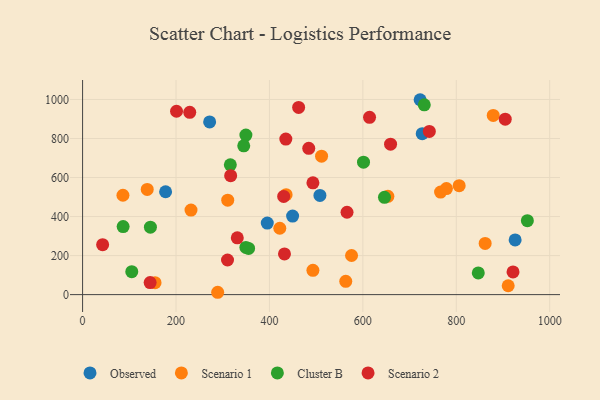
{"axis": {"x": "Study Hours", "y": "Exam Score"}, "legend": ["Cluster B", "Observed", "Scenario 1", "Scenario 2"], "data": [{"x": "508.1", "y": 508.2, "type": "Observed"}, {"x": "722.6", "y": 998.7, "type": "Observed"}, {"x": "449.6", "y": 402.3, "type": "Observed"}, {"x": "272.0", "y": 884.9, "type": "Observed"}, {"x": "727.1", "y": 824.5, "type": "Observed"}, {"x": "395.4", "y": 366.5, "type": "Observed"}, {"x": "926.0", "y": 280.4, "type": "Observed"}, {"x": "177.7", "y": 527.2, "type": "Observed"}, {"x": "653.6", "y": 503.8, "type": "Scenario 1"}, {"x": "310.7", "y": 483.9, "type": "Scenario 1"}, {"x": "575.8", "y": 200.5, "type": "Scenario 1"}, {"x": "806.2", "y": 558.1, "type": "Scenario 1"}, {"x": "911.1", "y": 45.4, "type": "Scenario 1"}, {"x": "435.7", "y": 512.1, "type": "Scenario 1"}, {"x": "289.2", "y": 12.0, "type": "Scenario 1"}, {"x": "86.4", "y": 509.3, "type": "Scenario 1"}, {"x": "511.6", "y": 709.2, "type": "Scenario 1"}, {"x": "232.1", "y": 433.0, "type": "Scenario 1"}, {"x": "422.2", "y": 340.2, "type": "Scenario 1"}, {"x": "766.4", "y": 525.3, "type": "Scenario 1"}, {"x": "493.1", "y": 124.4, "type": "Scenario 1"}, {"x": "138.4", "y": 539.2, "type": "Scenario 1"}, {"x": "563.4", "y": 68.0, "type": "Scenario 1"}, {"x": "155.1", "y": 61.0, "type": "Scenario 1"}, {"x": "778.9", "y": 543.6, "type": "Scenario 1"}, {"x": "861.8", "y": 262.5, "type": "Scenario 1"}, {"x": "879.1", "y": 918.1, "type": "Scenario 1"}, {"x": "349.6", "y": 241.6, "type": "Cluster B"}, {"x": "731.5", "y": 972.7, "type": "Cluster B"}, {"x": "601.4", "y": 678.8, "type": "Cluster B"}, {"x": "847.1", "y": 111.0, "type": "Cluster B"}, {"x": "349.6", "y": 817.5, "type": "Cluster B"}, {"x": "145.2", "y": 345.4, "type": "Cluster B"}, {"x": "86.8", "y": 348.6, "type": "Cluster B"}, {"x": "355.4", "y": 236.6, "type": "Cluster B"}, {"x": "316.3", "y": 665.0, "type": "Cluster B"}, {"x": "105.3", "y": 117.5, "type": "Cluster B"}, {"x": "345.0", "y": 762.5, "type": "Cluster B"}, {"x": "952.2", "y": 378.8, "type": "Cluster B"}, {"x": "646.3", "y": 498.8, "type": "Cluster B"}, {"x": "317.0", "y": 609.7, "type": "Scenario 2"}, {"x": "484.2", "y": 749.7, "type": "Scenario 2"}, {"x": "201.1", "y": 939.6, "type": "Scenario 2"}, {"x": "566.1", "y": 422.0, "type": "Scenario 2"}, {"x": "144.6", "y": 61.8, "type": "Scenario 2"}, {"x": "435.1", "y": 796.9, "type": "Scenario 2"}, {"x": "921.5", "y": 116.5, "type": "Scenario 2"}, {"x": "462.5", "y": 959.1, "type": "Scenario 2"}, {"x": "331.2", "y": 291.2, "type": "Scenario 2"}, {"x": "614.3", "y": 908.4, "type": "Scenario 2"}, {"x": "659.3", "y": 770.7, "type": "Scenario 2"}, {"x": "310.3", "y": 177.5, "type": "Scenario 2"}, {"x": "904.8", "y": 899.2, "type": "Scenario 2"}, {"x": "229.4", "y": 934.1, "type": "Scenario 2"}, {"x": "430.5", "y": 503.2, "type": "Scenario 2"}, {"x": "742.3", "y": 836.1, "type": "Scenario 2"}, {"x": "42.9", "y": 255.7, "type": "Scenario 2"}, {"x": "493.1", "y": 573.0, "type": "Scenario 2"}, {"x": "432.2", "y": 208.5, "type": "Scenario 2"}]}